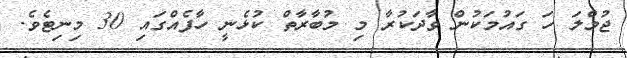
ޖުމްލަ ހަ ގައުމަކުން ވާދަކުރާ މި މުބާރާތް ކުޅެނީ ހާފެއްގައި 30 މިނިޓެވެ.